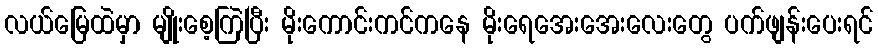
လယ်မြေထဲမှာ မျိုးစေ့ကြဲပြီး မိုးကောင်းကင်ကနေ မိုးရေအေးအေးလေးတွေ ပက်ဖျန်းပေးရင်